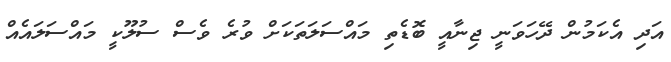
އަދި އެކަމުން ދޭހަވަނީ ޖިނާއީ ބޮޑެތި މައްސަލަތަކަށް ވުރެ ވެސް ސުލޫކީ މައްސަލައެއް